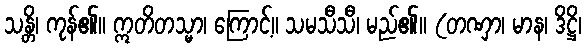
သန္တိ၊ ကုန်၏။ ဣတိတသ္မာ၊ ကြောင့်။ သမသီသီ၊ မည်၏။ (တဏှာ၊ မာန၊ ဒိဋ္ဌိ၊